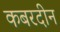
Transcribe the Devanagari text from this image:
कबरदीन